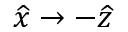
\widehat { x } \rightarrow - \widehat { z }